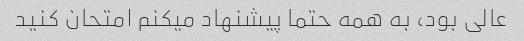
عالی بود، به همه حتما پیشنهاد میکنم امتحان کنید